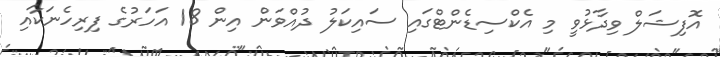
އޮފިޝަލް ވިދާޅުވީ މި އެކްސިޑެންޓްގައި ސައިކަލު ދުއްވަން އިން 18 އަހަރުގެ ފިރިހެނަކާއި